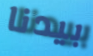
بيدنا